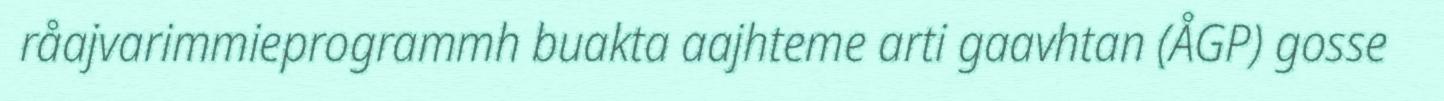
råajvarimmieprogrammh buakta aajhteme arti gaavhtan (ÅGP) gosse